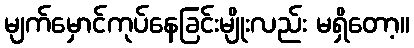
မျက်မှောင်ကုပ်နေခြင်းမျိုးလည်း မရှိတော့။